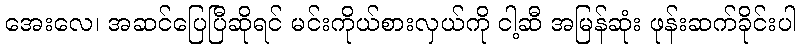
အေးလေ၊ အဆင်ပြေပြီဆိုရင် မင်းကိုယ်စားလှယ်ကို ငါ့ဆီ အမြန်ဆုံး ဖုန်းဆက်ခိုင်းပါ